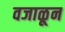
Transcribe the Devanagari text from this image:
वजाळून